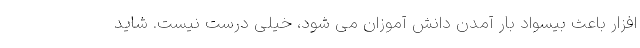
افزار باعث بیسواد بار آمدن دانش آموزان می شود، خیلی درست نیست. شاید